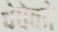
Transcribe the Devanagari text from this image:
चेपेको